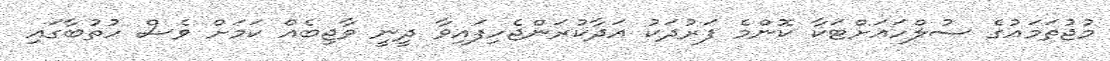
މުޖުތަމައުގެ ސުލްހައަށްޓަކާ ކޮންމެ ފަރުދަކު އަދާކުރަންޖެހިފައިވާ ދީނީ ވާޖިބެއް ކަމަށް ވެސް ހުތުބާގައި